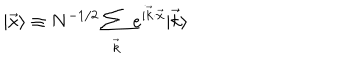
| \vec { x } \rangle \equiv N ^ { - 1 / 2 } \sum _ { \vec { k } } e ^ { i \vec { k } \cdot \vec { x } } | \vec { k } \rangle